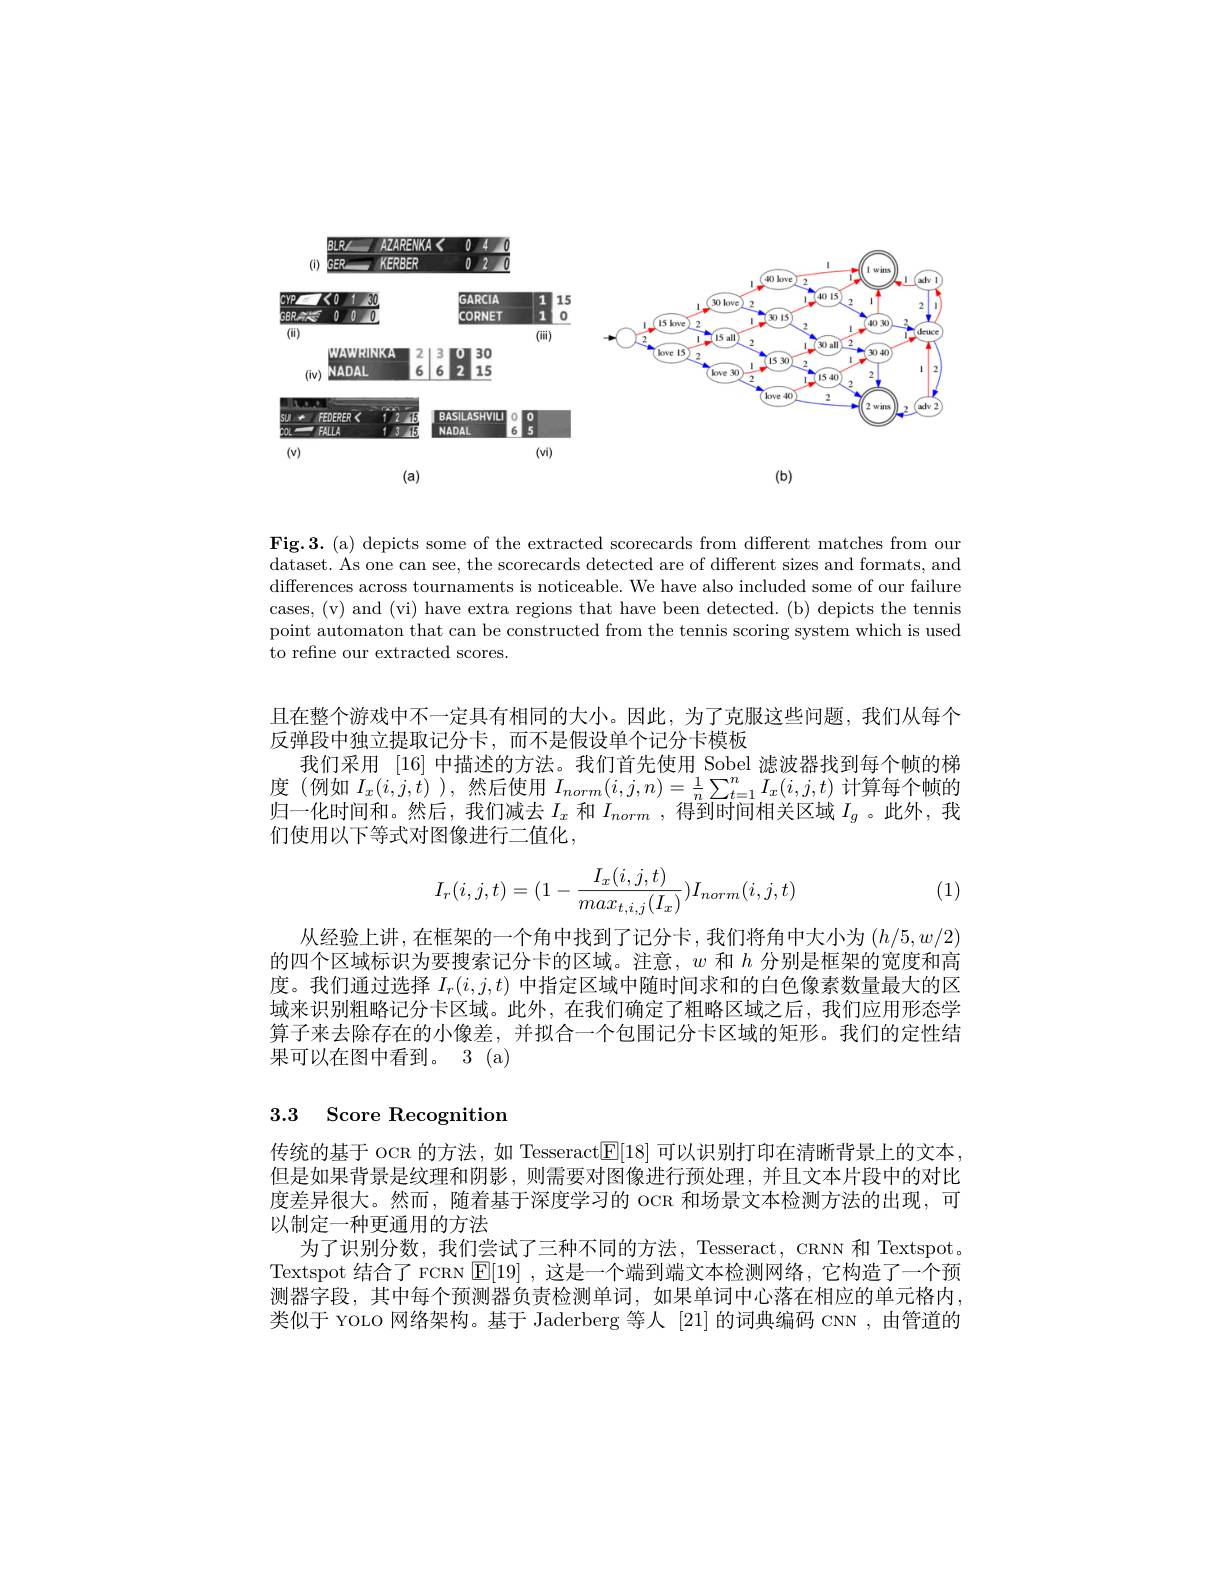
<FigureHere>

Fig.3. (a) depicts some of the extracted scorecards from different matches from our dataset. As one can see, the scorecards detected are of different sizes and formats, and ${\text{differences across tournaments is noticeable. We have also included some of our failure}}$ cases, (v) and (vi) have extra regions that have been detected. (b) depicts the tennis point automaton that can be constructed from the tennis scoring system which is used to refine our extracted scores.

且在整个游戏中不一定具有相同的大小。因此，为了克服这些问题，我们从每个
反弹段中独立提取记分卡，而不是假设单个记分卡模板
我们采用 [16] 中描述的方法。我们首先使用 Sobel 滤波器找到每个帧的梯度 (例如$I_x(i,j,t)$ ),然后使用$I_norm(i,j,n)=\frac1n\sum_{t=1}^nI_x(i,j,t)$计算每个帧的归一化时间和。然后，我们减去$I_x$和$I_norm$ ,得到时间相关区域$I_g$ 。此外，我们使用以下等式对图像进行二值化，
$$I_r(i,j,t)=(1-\frac{I_x(i,j,t)}{max_{t,i,j}(I_x)})I_{norm}(i,j,t)$$
(1)

从经验上讲，在框架的一个角中找到了记分卡，我们将角中大小为$(h/5,w/2)$ 的四个区域标识为要搜索记分卡的区域。注意，$w$和$h$分别是框架的宽度和高度。我们通过选择$I_r(i,j,t)$中指定区域中随时间求和的白色像素数量最大的区域来识别粗略记分卡区域。此外，在我们确定了粗略区域之后，我们应用形态学算子来去除存在的小像差，并拟合一个包围记分卡区域的矩形。我们的定性结果可以在图中看到。3 (a)

# 3.3 Score Recognition

传统的基于 OCR 的方法，如 Tesseract$\boxed{\mathrm{F}}[18]$可以识别打印在清晰背景上的文本但是如果背景是纹理和阴影，则需要对图像进行预处理，并且文本片段中的对比度差异很大。然而，随着基于深度学习的 ocR 和场景文本检测方法的出现，可以制定一种更通用的方法
为了识别分数，我们尝试了三种不同的方法，Tesseract, CRNN 和 Textspot。Textspot 结合了 FCRN $\mathsf E[19]$ ,这是一个端到端文本检测网络，它构造了一个预测器字段，其中每个预测器负责检测单词，如果单词中心落在相应的单元格内， 类似于 YOLO 网络架构。基于 Jaderberg 等人 [21] 的词典编码 CNN ,由管道的